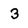
Character: 3